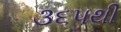
૩૬૫થી